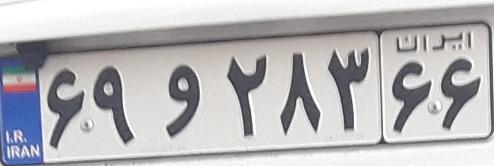
۶۹و۲۸۳۶۶